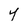
Character: y